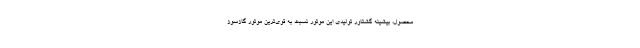
محصول، بیشینه گشتاور تولیدی این موتور نسبت به قوی‌ترین موتور گازسوز